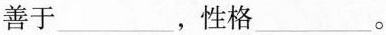
善于___，性格___。